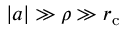
| a | \gg \rho \gg r _ { \mathrm { c } }